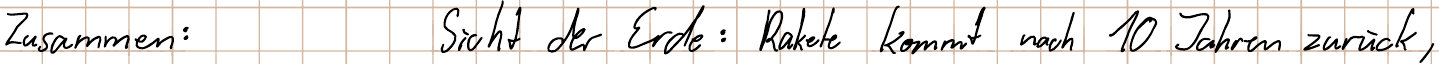
Zusammen:   Sicht der Erde: Rakete kommt nach 10 Jahren zurück;